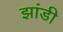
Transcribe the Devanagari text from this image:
झांडी